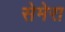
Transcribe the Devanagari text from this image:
सेमेरा